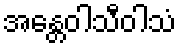
အန္တေဝါသီဝါသံ